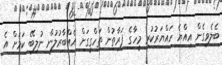
ބެލެވިގެން އިއްޔެ ހައްޔަރުކުރި މީހާގެ ފަރާތުން ތަހްގީގަށް އެއްބާރުުލުން ނުލިބޭ ކަމަށް އެ